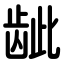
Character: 龇